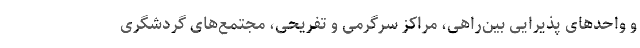
و واحدهای پذیرایی بین‌راهی، مراکز سرگرمی و تفریحی، مجتمع‌های گردشگری